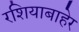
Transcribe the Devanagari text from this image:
रशियाबाहेर